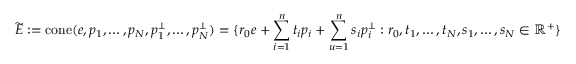
\widetilde { E } : = \mathrm { c o n e } ( e , p _ { 1 } , \dots , p _ { N } , p _ { 1 } ^ { \perp } , \dots , p _ { N } ^ { \perp } ) = \{ r _ { 0 } e + \sum _ { i = 1 } ^ { n } t _ { i } p _ { i } + \sum _ { u = 1 } ^ { n } s _ { i } p _ { i } ^ { \perp } : r _ { 0 } , t _ { 1 } , \dots , t _ { N } , s _ { 1 } , \dots , s _ { N } \in \mathbb { R } ^ { + } \}